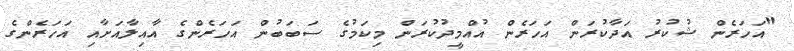
"އަހަރެން ޝުކުރު އަދާކުރަން އަހަރެން އުއްމީދުކުރަން މިކަމުގެ ސަބަބުން އަހަރެންގެ އާއިލާއަށާއި އަހަރެންގެ